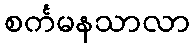
စင်္ကမနသာလာ